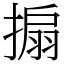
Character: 搧